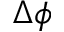
\Delta \phi